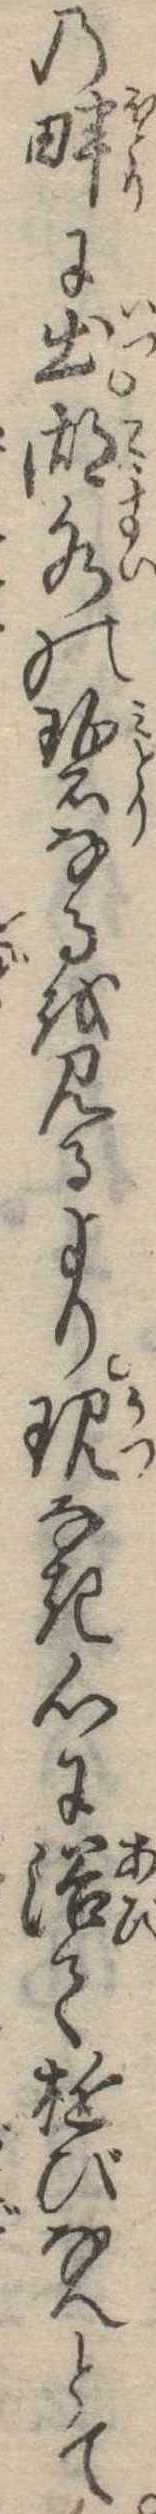
の畔に出湖水の碧なるを見るより現なき心に浴て遊びなんとて